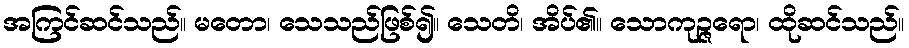
အကြင်ဆင်သည်။ မတော၊ သေသည်ဖြစ်၍။ သေတိ၊ အိပ်၏။ သောကုဉ္ဇရော၊ ထိုဆင်သည်။